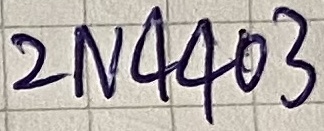
Text: 2N4403